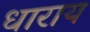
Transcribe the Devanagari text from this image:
धाराय